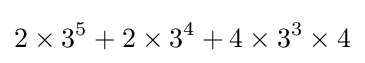
2\times 3^{5}+2\times 3^{4}+4\times 3^{3}\times 4